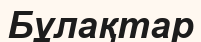
Бұлақтар